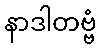
နာဒါတဗ္ဗံ